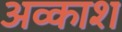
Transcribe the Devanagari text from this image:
अव्काश